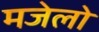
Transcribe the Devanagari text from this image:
मजेलो